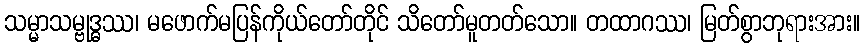
သမ္မာသမ္ဗုဒ္ဓဿ၊ မဖောက်မပြန်ကိုယ်တော်တိုင် သိတော်မူတတ်သော။ တထာဂဿ၊ မြတ်စွာဘုရားအား။